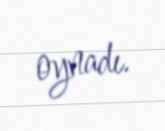
oynadı.